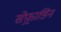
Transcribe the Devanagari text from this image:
सेफ़्राडिन